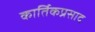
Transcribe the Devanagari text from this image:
कार्तिकप्रसाद